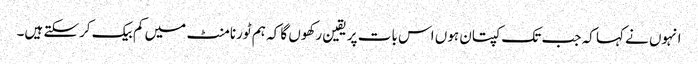
انہوں نے کہا کہ جب تک کپتان ہوں اس بات پر یقین رکھوں گا کہ ہم ٹورنامنٹ میں کم بیک کرسکتے ہیں۔